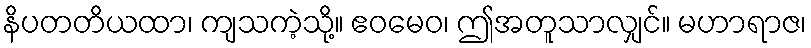
နိပတတိယထာ၊ ကျသကဲ့သို့။ ဧဝမေဝ၊ ဤအတူသာလျှင်။ မဟာရာဇ၊